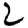
Digit: 2